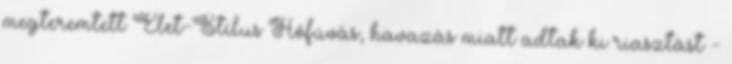
megteremtett Élet-Stílus Hófúvás, havazás miatt adtak ki riasztást -